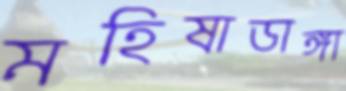
মহিষাডাঙ্গা